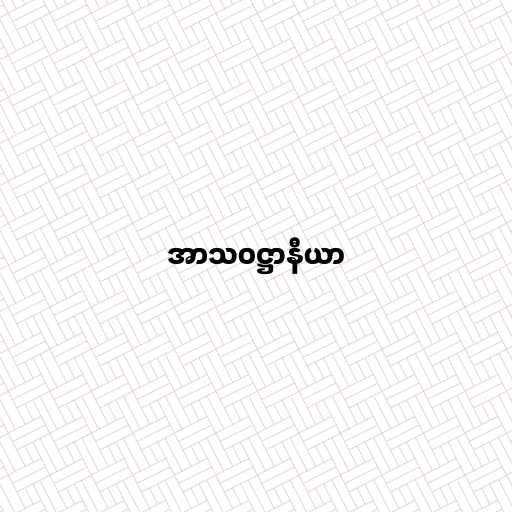
အာသဝဋ္ဌာနီယာ